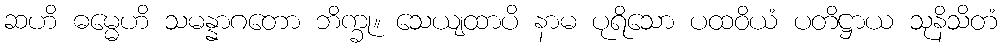
ဆဟိ ဓမ္မေဟိ သမန္နာဂတော ဘိက္ခု။ သေယျထာပိ နာမ ပုရိသော ပထဝိယံ ပတိဋ္ဌာယ သုနိသိတံ